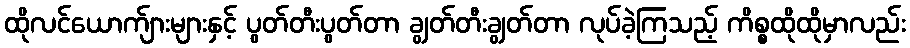
ထိုလင်ယောက်ျားများနှင့် ပွတ်တီးပွတ်တာ ချွတ်တီးချွတ်တာ လုပ်ခဲ့ကြသည့် ကိစ္စထိုထိုမှာလည်း